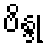
ဗိန္ဒု